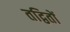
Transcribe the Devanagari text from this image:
तद्वितों